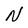
Character: N